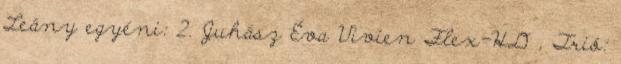
Leány egyéni: 2. Juhász Éva Vivien Flex-HD , Trió: